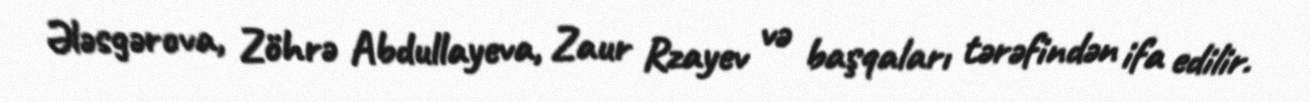
Ələsgərova, Zöhrə Abdullayeva, Zaur Rzayev və başqaları tərəfindən ifa edilir.